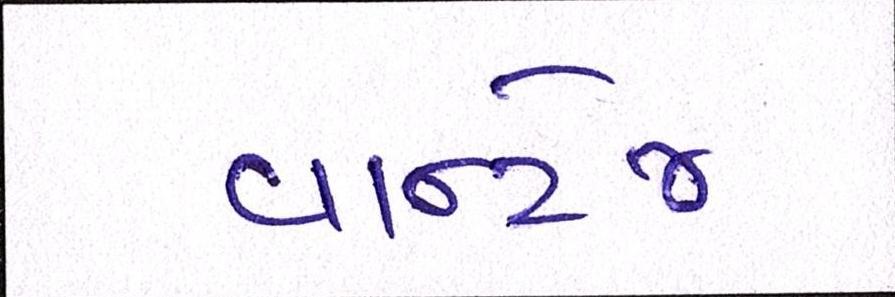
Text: વાન્ટેજ